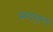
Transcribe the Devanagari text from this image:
स्कंदगुप्तची